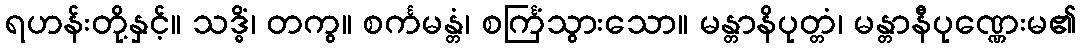
ရဟန်းတို့နှင့်။ သဒ္ဓိံ၊ တကွ။ စင်္ကမန္တံ၊ စင်္ကြံသွားသော။ မန္တာနိပုတ္တံ၊ မန္တာနီပုဏ္ဏေးမ၏